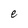
Character: e